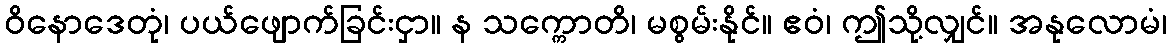
ဝိနောဒေတုံ၊ ပယ်ဖျောက်ခြင်းငှာ။ န သက္ကောတိ၊ မစွမ်းနိုင်။ ဧဝံ၊ ဤသို့လျှင်။ အနုလောမံ၊